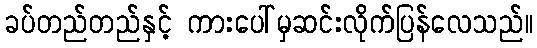
ခပ်တည်တည်နှင့် ကားပေါ်မှဆင်းလိုက်ပြန်လေသည်။